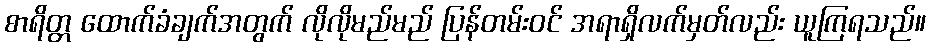
စာရိတ္တ ထောက်ခံချက်အတွက် လိုလိုမည်မည် ပြန်တမ်းဝင် အရာရှိလက်မှတ်လည်း ယူကြရသည်။